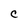
Character: C